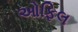
ઓફિલ